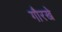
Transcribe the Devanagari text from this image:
गौरखे